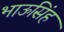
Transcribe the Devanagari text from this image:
भाऊसिंह